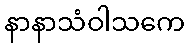
နာနာသံဝါသကေ